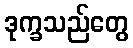
ဒုက္ခသည်တွေ